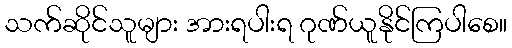
သက်ဆိုင်သူများ အားရပါးရ ဂုဏ်ယူနိုင်ကြပါစေ။